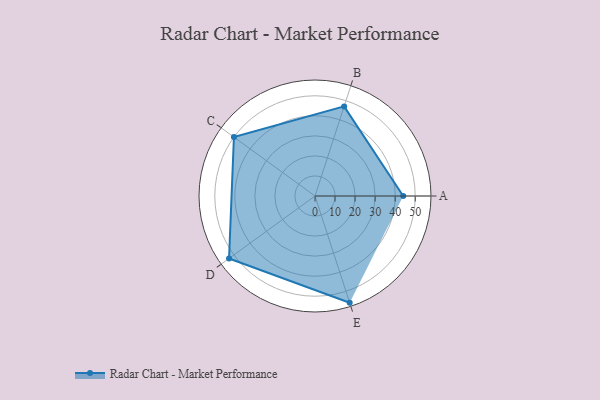
{"axis": {"x": "Skill", "y": "Score"}, "legend": ["Profile"], "data": [{"x": "A", "y": 44.0, "type": "Profile"}, {"x": "B", "y": 47.0, "type": "Profile"}, {"x": "C", "y": 50.0, "type": "Profile"}, {"x": "D", "y": 53.0, "type": "Profile"}, {"x": "E", "y": 56.0, "type": "Profile"}]}